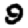
Digit: 9